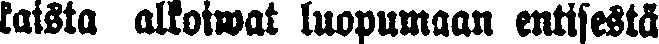
kaista alkoiwat luopumaan entisestä